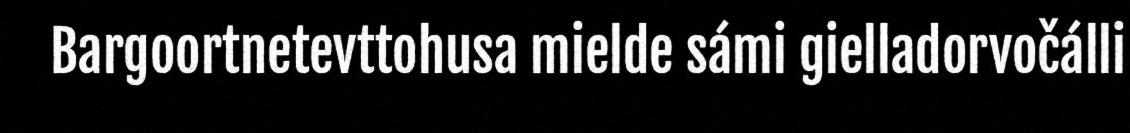
Bargoortnetevttohusa mielde sámi gielladorvočálli